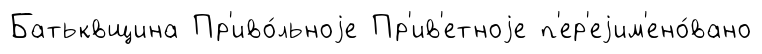
Батьквщина Пр'иво́льноjе Пр'ив'етноjе п'ер'еjим'ено́вано